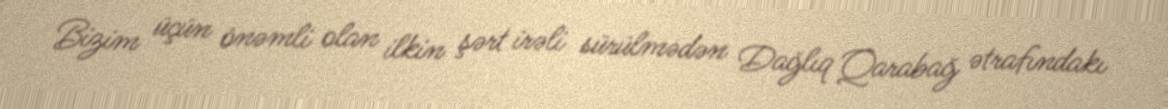
Bizim üçün önəmli olan ilkin şərt irəli sürülmədən Dağlıq Qarabağ ətrafındakı